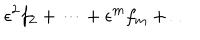
\epsilon ^ { 2 } f _ { 2 } + \dots + \epsilon ^ { m } f _ { m } + \dots